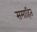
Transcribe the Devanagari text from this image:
समाहित